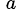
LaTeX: ^{\, a}